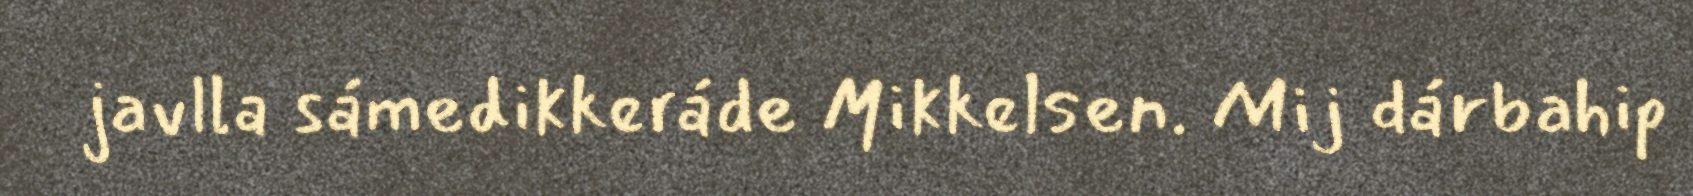
javlla sámedikkeráde Mikkelsen. Mij dárbahip